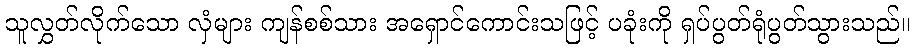
သူလွှတ်လိုက်သော လှံများ ကျန်စစ်သား အရှောင်ကောင်းသဖြင့် ပခုံးကို ရှပ်ပွတ်ရုံပွတ်သွားသည်။